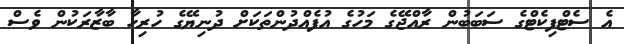
އެ ސެޓްފިކެޓްގެ ސަބަބުން ރާއްޖޭގެ މަހުގެ އުފެއްދުންތަކަށް ދުނިޔޭގެ ހުރިހާ ބާޒާރަކުން ވެސް